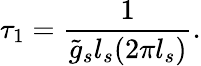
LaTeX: \tau_{1}=\frac{1}{\tilde{g}_{s}l_{s}(2\pi l_{s})}.